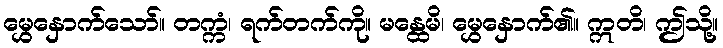
မွှေနှောက်သော်။ တက္ကံ၊ ရက်တက်ကို။ မန္ထေမိ၊ မွှေနှောက်၏။ ဣတိ၊ ဤသို့။